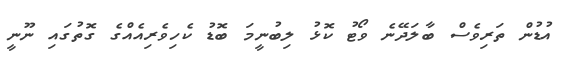
އުޑުން ތަރިވެސް ބާލަދޭނެ ވޯޓު ކޮޅު ލިބުނީމަ ބޮޑު ކެހިވެރިއެއްގެ ގޮތުުގައި ނޫނީ